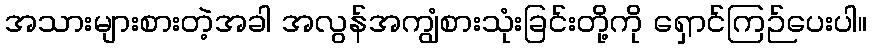
အသားများစားတဲ့အခါ အလွန်အကျွံစားသုံးခြင်းတို့ကို ရှောင်ကြဉ်ပေးပါ။